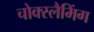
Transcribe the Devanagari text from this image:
चोक्स्लैमिंग